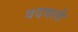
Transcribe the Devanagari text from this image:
वदवली